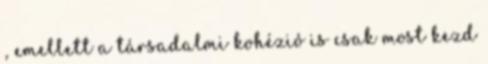
, emellett a társadalmi kohézió is csak most kezd